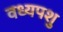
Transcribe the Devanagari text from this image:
वध्यपशु